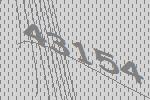
43154